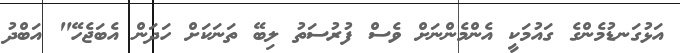
އަޅުގަނޑުމެންގެ ގައުމަކީ އެންމެންނަށް ވެސް ފުރުސަތު ލިބޭ ތަނަކަށް ހަދަން އެބަޖެހޭ" އަބްދު